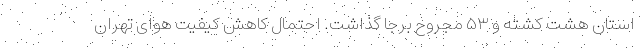
استان هشت کشته و ۵۳ مجروح برجا گذاشت. احتمال کاهش کیفیت هوای تهران